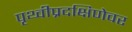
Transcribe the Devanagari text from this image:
पृथ्वीप्रदक्षिणेवर